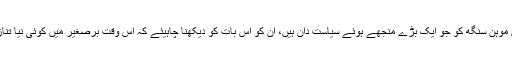
” میں یہ سمجھتا ہوں کہ ہندوستان کو، وزیر اعظم من موہن سنگھ کو جو ایک بڑے منجھے ہوئے سیاست دان ہیں، اُن کو اس بات کو دیکھنا چاہیئے کہ اس وقت برصغیر میں کوئی نیا تنازع نا اُن کے لیے اور نا ہی ہمارے لیے فائدہ مند ہے۔